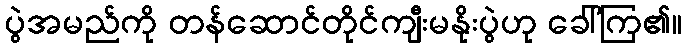
ပွဲအမည်ကို တန်ဆောင်တိုင်ကျီးမနိုးပွဲဟု ခေါ်ကြ၏။